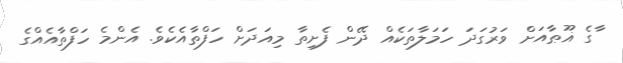
ާގެ ޣޫޠާއަށް ވަރުގަދަ ހަމަލާތަކެއް ދޭން ފެށިތާ މިއަދަށް ހަފްތާއެކެވެ. އެންމެ ހަފްތާއެއްގެ